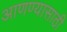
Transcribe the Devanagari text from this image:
आणण्‍यासाठी